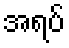
အရပ်